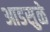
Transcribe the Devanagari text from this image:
आडसुळे